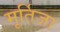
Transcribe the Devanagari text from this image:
मूर्तिजा